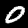
Digit: 0